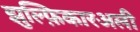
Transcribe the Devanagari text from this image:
झुल्फ़िकारअली